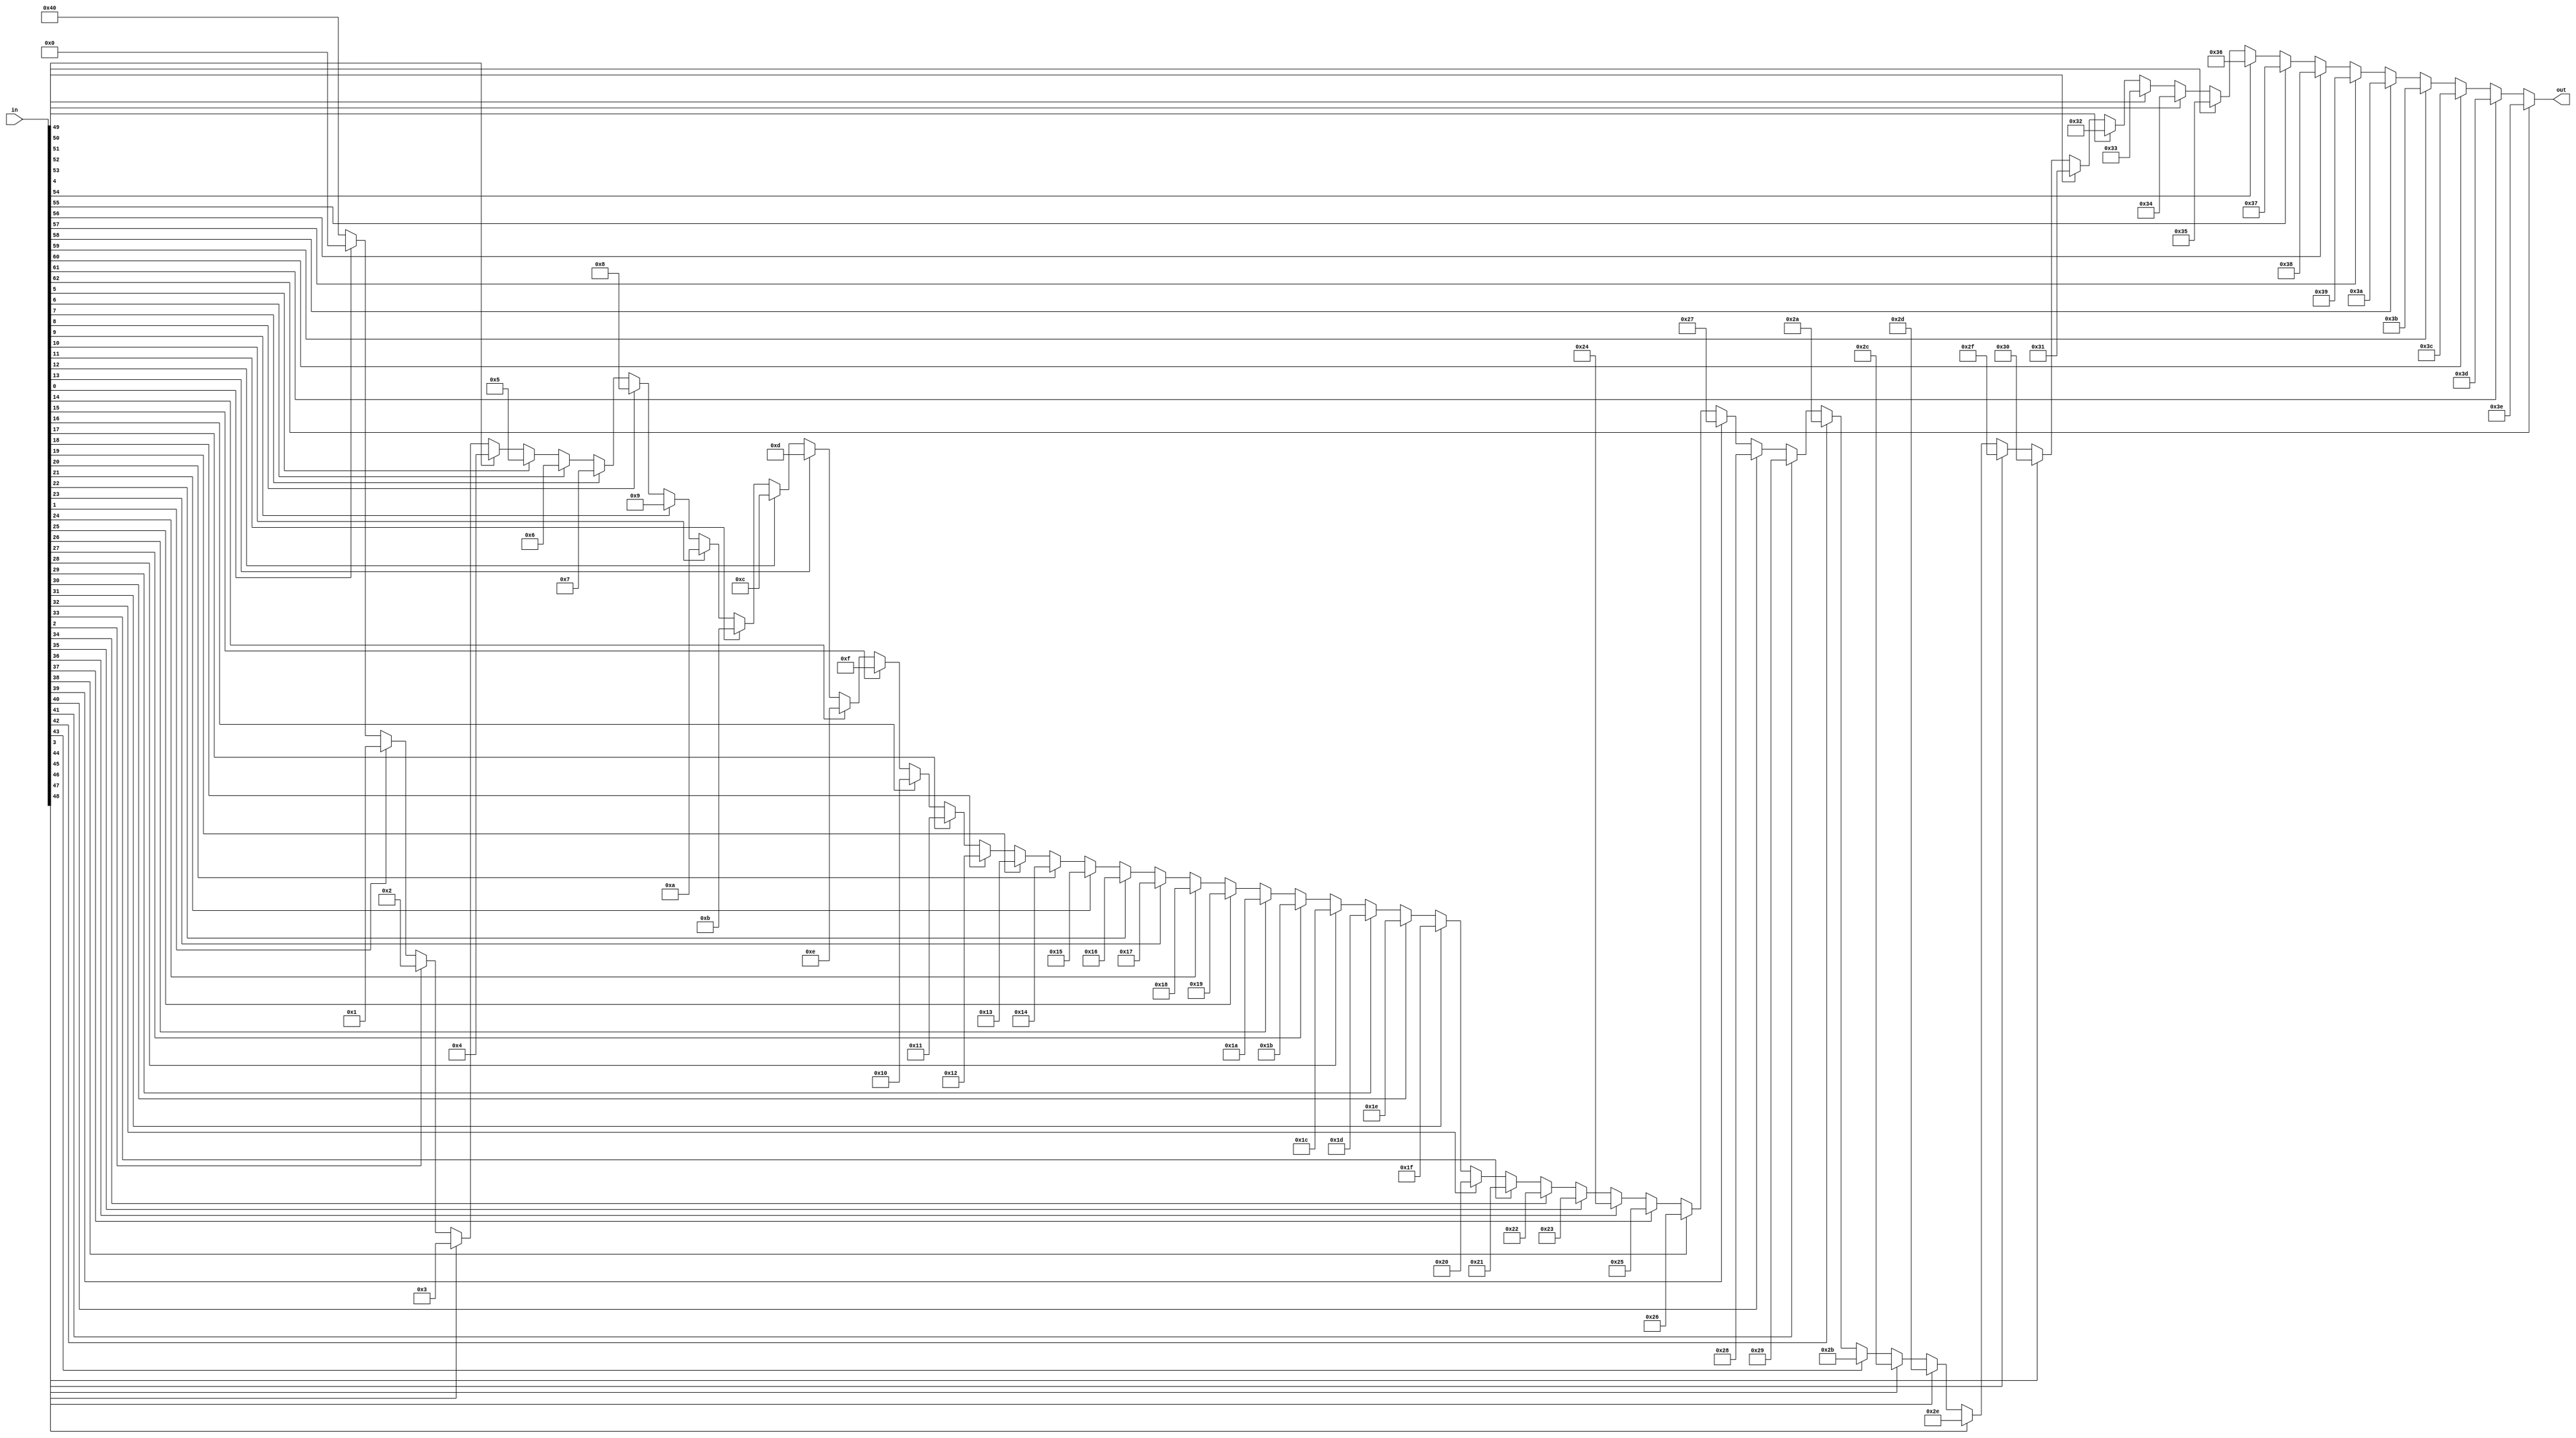
`timescale 1ns / 1ps

module first_one (
    input [63:0]in,
    output [6:0]out
    );

    wire [6:0]out_stage[0:64];
    assign out_stage[0] = 7'b1000000; 
    
    generate genvar i;
        for(i=0; i<64; i=i+1) begin
            assign out_stage[i+1] = in[i] ? i : out_stage[i];
        end
    endgenerate
    assign out = out_stage[63];

endmodule